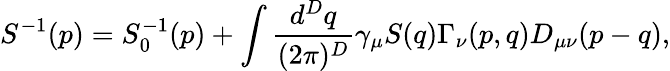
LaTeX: S^{-1}(p)=S_{0}^{-1}(p)+\int{\frac{d^{D}q}{(2\pi)^{D}}}\gamma_{\mu}S(q)\Gamma_{\nu}(p,q)D_{\mu\nu}(p-q),